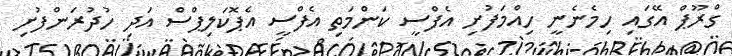
ގްރޫޕް އޭގައި ހިމެނެނީ ހިއްމަފުށި އެފްސީ ކަންމަތި އެފްސީ އެޕޮކަލިޕްސް އަދި ހުދުރަންފުށި